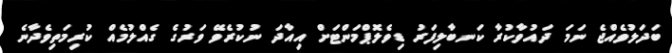
ބަދަލުވެއްޖެ ނަމަ ދައުވާކުރާ ކަނބާލިފަރު ޑިވެލޮޕްމަންޓަށް އިއާދަ ނުކުރެވޭ ވަރުގެ ގެއްލުމެއް ކުރިމަތިވެދާނެ